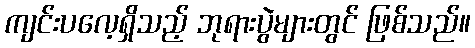
ကျင်းပလေ့ရှိသည့် ဘုရားပွဲများတွင် ဖြစ်သည်။